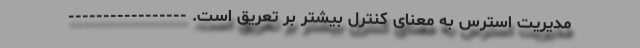
مدیریت استرس به معنای کنترل بیشتر بر تعریق است. -----------------